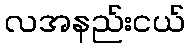
လအနည်းငယ်